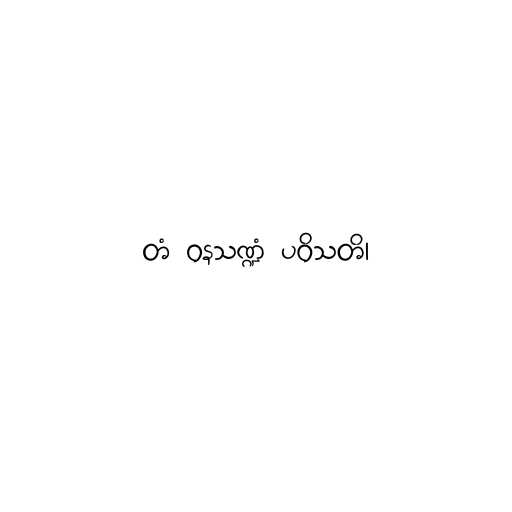
တံ ဝနသဏ္ဍံ ပဝိသတိ၊